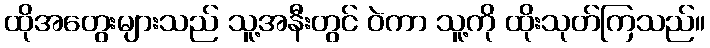
ထိုအတွေးများသည် သူ့အနီးတွင် ဝဲကာ သူ့ကို ထိုးသုတ်ကြသည်။